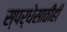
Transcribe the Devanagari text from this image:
स्पर्धेसाठीही